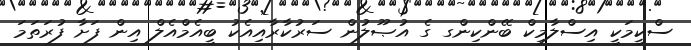
ސްކީމަކީ އިސްލާމިކް ބޭންކިންގ ގެ އުޞޫލުން ސަރުކާރާއިއެކު ބީއެމްއެލް އިން ފަށާ ފުރަތަމަ